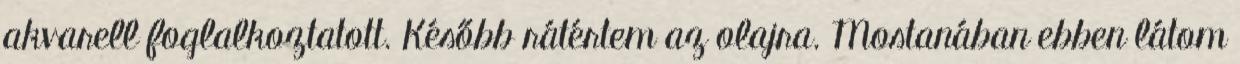
akvarell foglalkoztatott. Később rátértem az olajra. Mostanában ebben látom